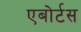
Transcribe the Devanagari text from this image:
एबोर्टस